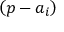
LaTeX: \left( p - { { a } _ { i } } \right)